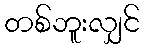
တစ်ဘူးလျှင်